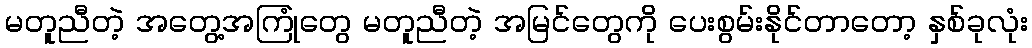
မတူညီတဲ့ အတွေ့အကြုံတွေ မတူညီတဲ့ အမြင်တွေကို ပေးစွမ်းနိုင်တာတော့ နှစ်ခုလုံး